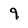
Character: 9